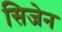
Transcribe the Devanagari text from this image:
सिजेन